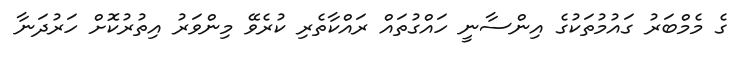
ގެ މެމްބަރު ގައުމުތަކުގެ އިންސާނީ ހައްގުތައް ރައްކާތެރި ކުރެވޭ މިންވަރު އިތުރުކޮށް ހަރުދަނާ